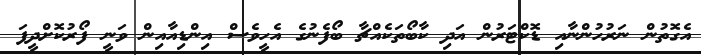
އެގޮތުން ނަރުހުންނާއި ޑޮކްޓަރުން އަދި ކާބޯތަކެއްޗާ ބޯފެނުގެ އެހީވެސް އިންޑިއާއިން ވަނީ ފޯރުކޮށްދީފަ